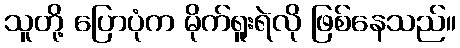
သူတို့ ပြောပုံက မိုက်ရူးရဲလို ဖြစ်နေသည်။